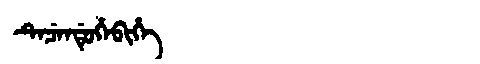
Manchu: ᡨᡝᠴᡝᠨᡩᡠᡥᡝᠪᡳᡥᡝ
Romanization: TECENDUHEBIHE